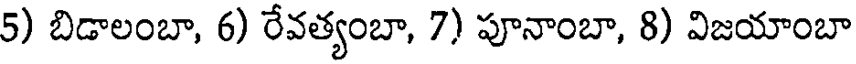
5) బిడాలంబా, 6) రేవత్యంబా, 7) పూనాంబా, 8) విజయాంబా